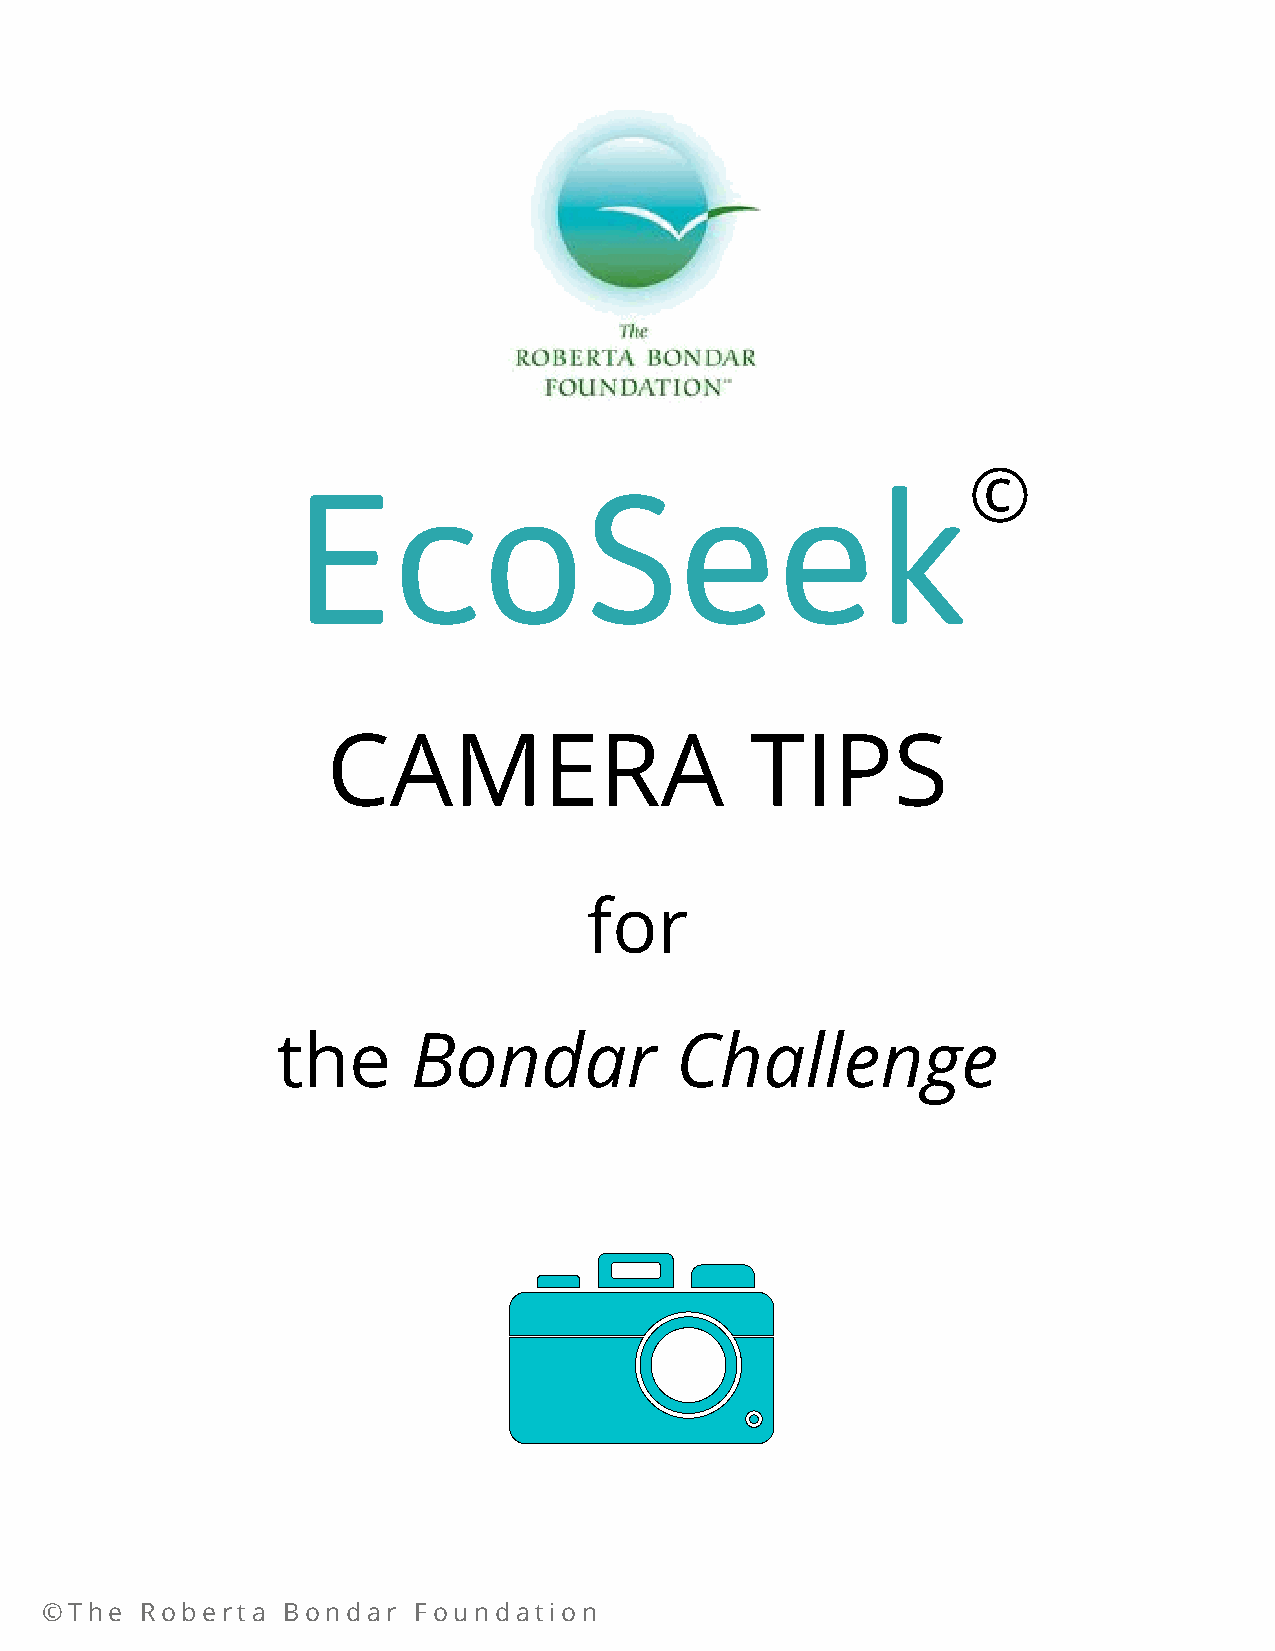
©
 EcoSeek
 CAMERA                      TIPS
 for
 the      Bondar            Challenge
 ©The  Roberta   Bondar  Foundation